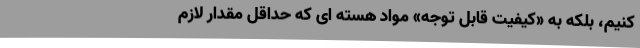
کنیم، بلکه به «کیفیت قابل توجه» مواد هسته ای که حداقل مقدار لازم